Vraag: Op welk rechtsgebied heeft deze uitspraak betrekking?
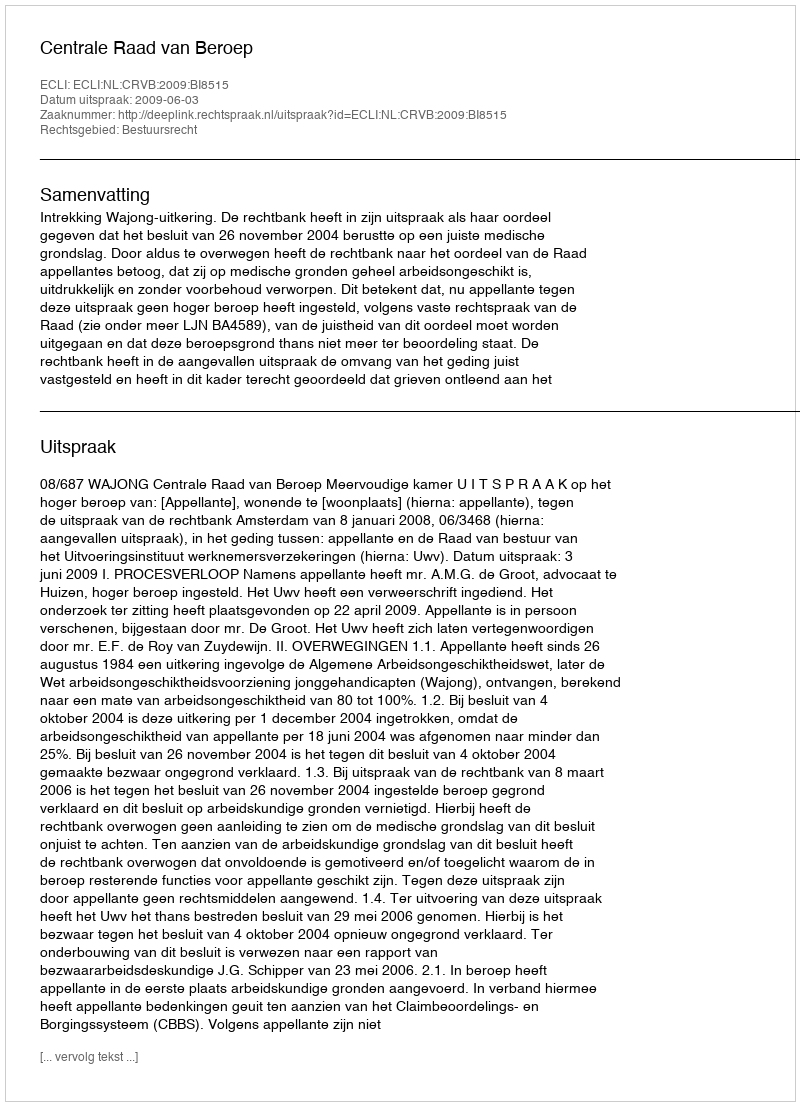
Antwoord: Bestuursrecht